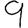
Digit: 9